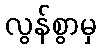
လွန်စွာမှ